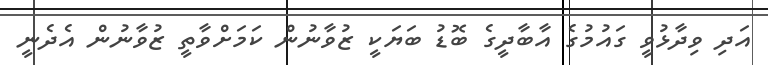
އަދި ވިދާޅުވީ ގައުމުގެ އާބާދީގެ ބޮޑު ބަޔަކީ ޒުވާނުން ކަމަށްވާތީ ޒުވާނުން އެދެނީ